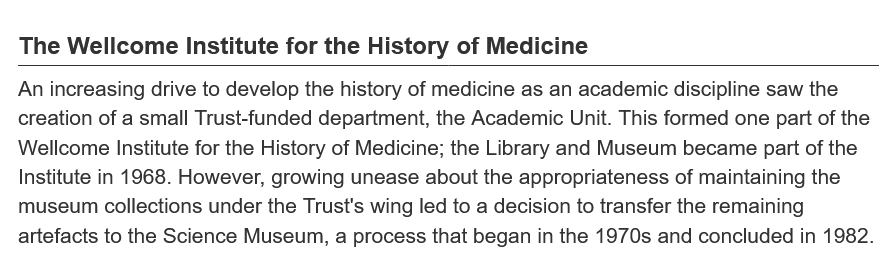
The Wellcome Institute for the History of Medi
  An increasing drive to develop the history of medicine as an academic discipline saw the
  creation of a small Trust-funded department, the Academic Unit. This formed one part of the
  Wellcome Institute for the History of Medicine; the Library and Museum became part of the
  Institute in 1968. However, growing unease about the appropriateness of maintaining the
  museum  collections under the Trust's wing led to a decision to transfer the remaining
  artefacts to the Science Museum, a process that began in the 1970s and concluded in 1982.